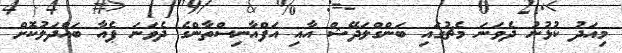
މިއަދު ކުޅުނު ދެވަނަ މެޗުގައި ބަންގްލަދޭޝް އާއި އަފްއާނިސްތާންގެ ދެވަނަ ޕެއާ ބައްދަލުކޮށް